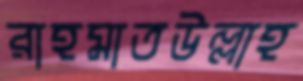
রাহমাতউল্লাহ